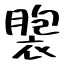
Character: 褜